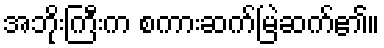
အဘိုးကြီးက စကားဆက်မြဲဆက်၏။